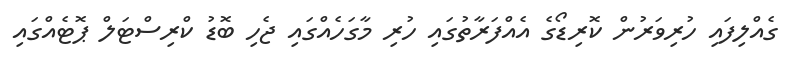
ގެއްލިފައި ހުރިވަރުން ކޮރިޑޯގެ އެއްފަރާތުގައި ހުރި މާގަހެއްގައި ޖެހި ބޮޑު ކްރިސްޓަލް ޕޮޓެއްގައި